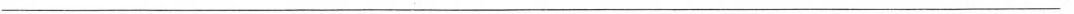
___